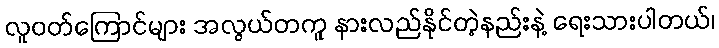
လူဝတ်ကြောင်များ အလွယ်တကူ နားလည်နိုင်တဲ့နည်းနဲ့ ရေးသားပါတယ်၊